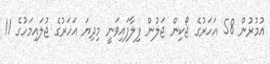
އުމުރުން 58 އަހަރުގެ ޖޯކިން ޖަލުން ފިލާފައިވަނީ މިދިޔަ އަހަރުގެ ޖުލައިމަހުގެ 11